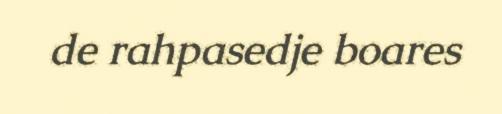
de rahpasedje boares